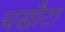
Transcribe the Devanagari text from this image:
चखौटा